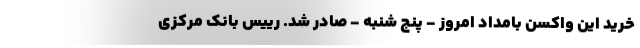
خرید این واکسن بامداد امروز - پنج شنبه - صادر شد. رییس بانک مرکزی